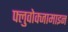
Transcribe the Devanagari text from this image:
फ्लुवोक्जामाइन